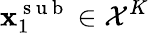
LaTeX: \mathbf{x}_{1}^{\mathrm{~s~u~b~}}\in\mathcal{X}^{K}